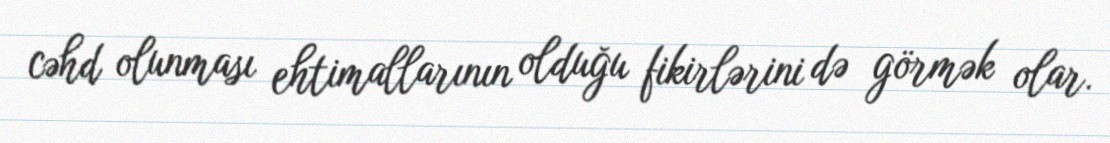
cəhd olunması ehtimallarının olduğu fikirlərini də görmək olar.